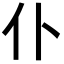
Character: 仆